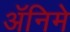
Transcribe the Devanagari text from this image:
ॲनिमे